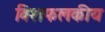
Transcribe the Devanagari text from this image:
विशफलकीय